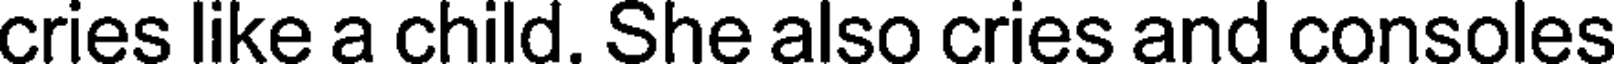
cries like a child. She also cries and consoles